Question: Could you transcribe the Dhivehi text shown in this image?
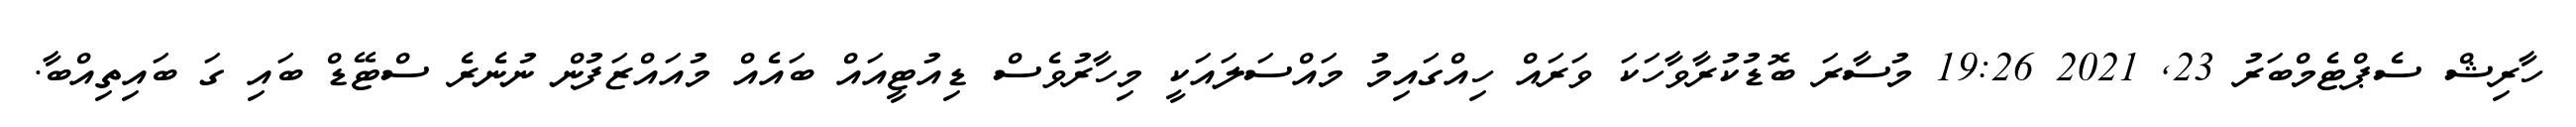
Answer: ހާރިޝް ސެޕްޓެމްބަރު 23, 2021 19:26 މުސާރަ ބޮޑުކުރާވާހަކަ ވަރައް ހިއްގައިމު މައްސަލައަކީ މިހާރުވެސް ޑިއުޓީއައް ބައެއް މުއައްޒަފުން ނުނެރެ ސްޓޭޑް ބައި ގަ ބައިތިއްބާ.